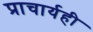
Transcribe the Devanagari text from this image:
प्राचार्यही